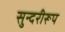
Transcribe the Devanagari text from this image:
सुन्दरीरूप